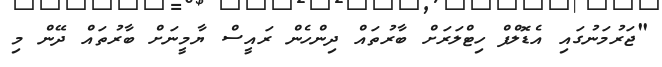
"ޖަރުމަނުގައި އެޑޮލްފް ހިޓްލަރަށް ބާރުތައް ދިންހެން ރައީސް ޔާމީނަށް ބާރުތައް ދޭން މި